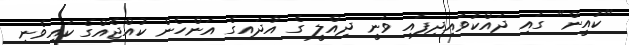
"ކުއީން" ގައި ދައްކުވައިދިފައި ވަނީ ދިއްލީ ގެ އާދައިގެ އަންހެން ކުއްޖެއްގެ ކައިވެނި